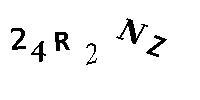
24R2NZ